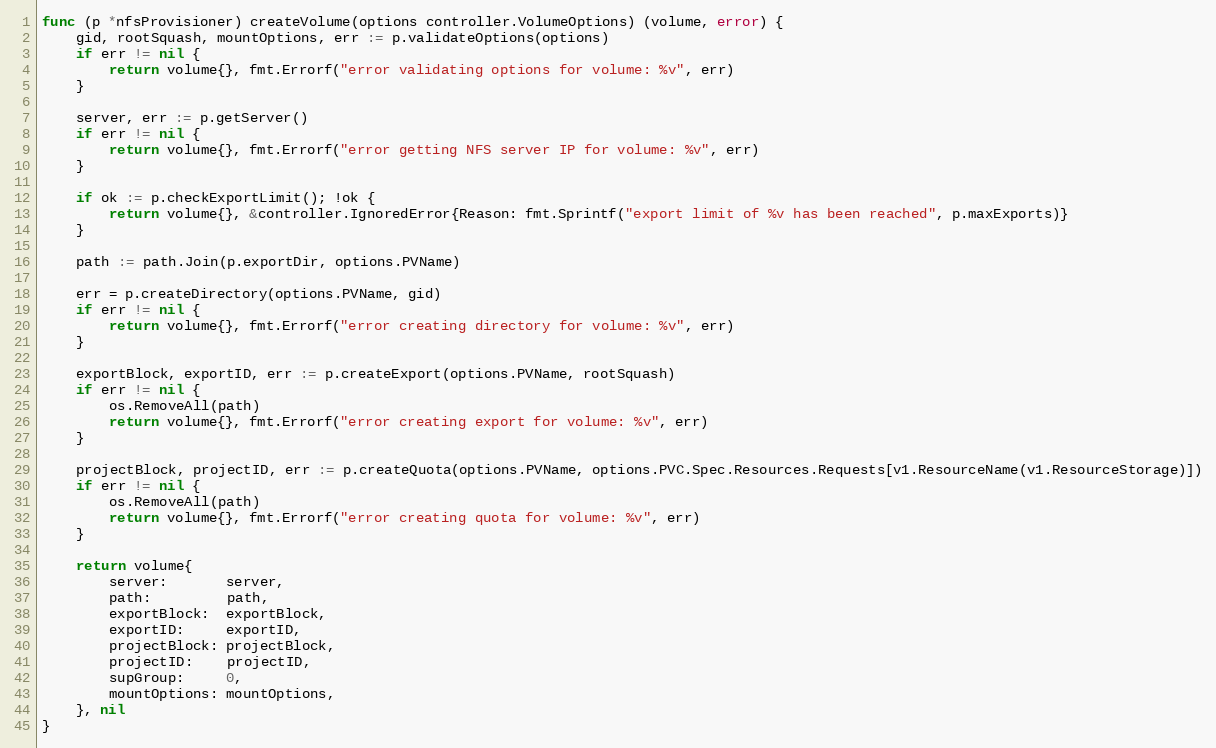
Language: Go
func (p *nfsProvisioner) createVolume(options controller.VolumeOptions) (volume, error) {
	gid, rootSquash, mountOptions, err := p.validateOptions(options)
	if err != nil {
		return volume{}, fmt.Errorf("error validating options for volume: %v", err)
	}

	server, err := p.getServer()
	if err != nil {
		return volume{}, fmt.Errorf("error getting NFS server IP for volume: %v", err)
	}

	if ok := p.checkExportLimit(); !ok {
		return volume{}, &controller.IgnoredError{Reason: fmt.Sprintf("export limit of %v has been reached", p.maxExports)}
	}

	path := path.Join(p.exportDir, options.PVName)

	err = p.createDirectory(options.PVName, gid)
	if err != nil {
		return volume{}, fmt.Errorf("error creating directory for volume: %v", err)
	}

	exportBlock, exportID, err := p.createExport(options.PVName, rootSquash)
	if err != nil {
		os.RemoveAll(path)
		return volume{}, fmt.Errorf("error creating export for volume: %v", err)
	}

	projectBlock, projectID, err := p.createQuota(options.PVName, options.PVC.Spec.Resources.Requests[v1.ResourceName(v1.ResourceStorage)])
	if err != nil {
		os.RemoveAll(path)
		return volume{}, fmt.Errorf("error creating quota for volume: %v", err)
	}

	return volume{
		server:       server,
		path:         path,
		exportBlock:  exportBlock,
		exportID:     exportID,
		projectBlock: projectBlock,
		projectID:    projectID,
		supGroup:     0,
		mountOptions: mountOptions,
	}, nil
}